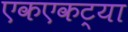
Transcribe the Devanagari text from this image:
एकएकट्या